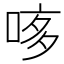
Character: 𠴽